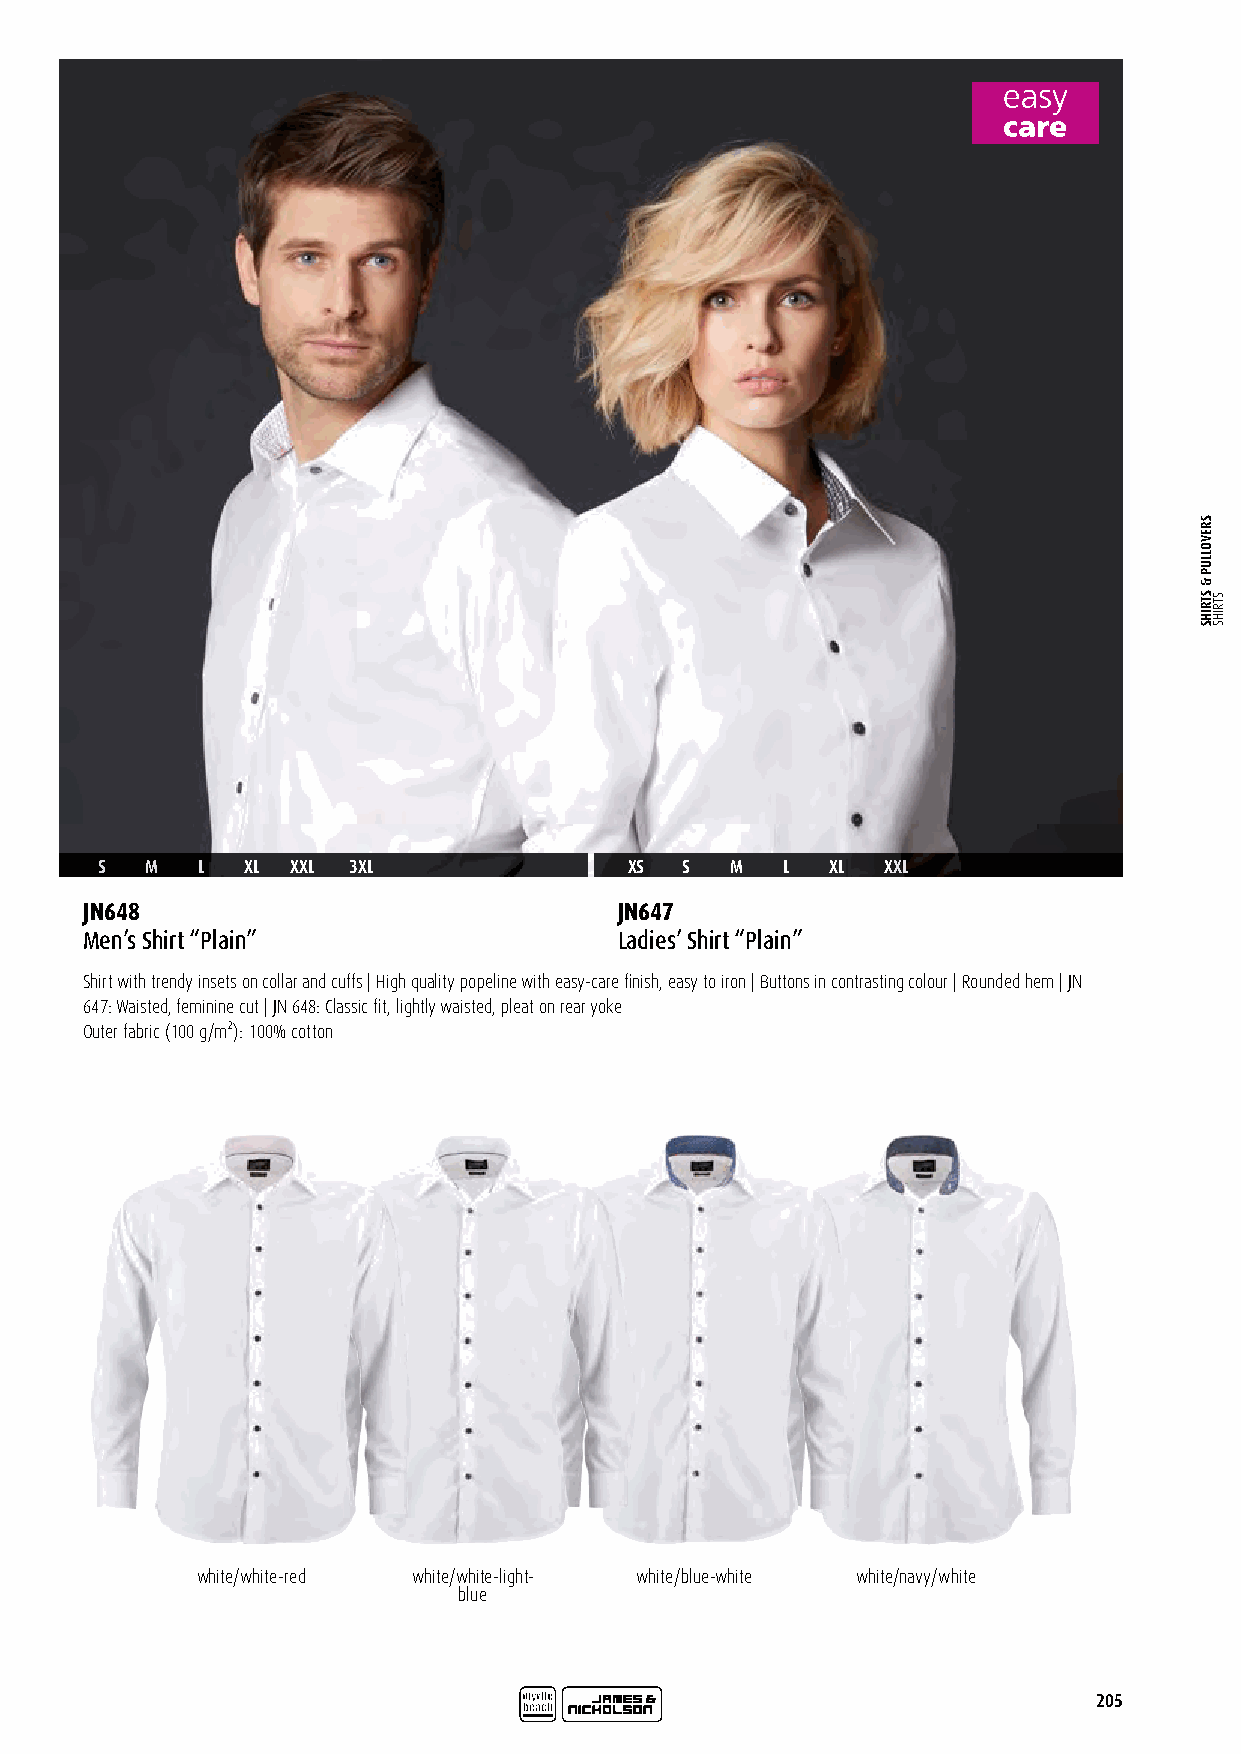
S   M  L  XL XXL 3XL                XS S  M   L  XL  XXL
 JN648                               JN647
 Men’s Shirt “Plain”                 Ladies’ Shirt “Plain”
 Shirt with trendy insets on collar and cuffs | High quality popeline with easy-care finish, easy to iron | Buttons in contrasting colour | Rounded hem | JN
 647: Waisted, feminine cut | JN 648: Classic fit, lightly waisted, pleat on rear yoke
 Outer fabric (100 g/m²): 100% cotton
 white/white-red white/white-light- white/blue-white white/navy/white
 blue
 205
 SREVOLLUP
 &
 STRIHS STRIHS